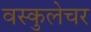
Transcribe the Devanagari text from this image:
वस्कुलेचर